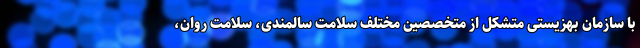
با سازمان بهزیستی متشکل از متخصصین مختلف سلامت سالمندی، سلامت روان،